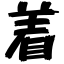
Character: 着